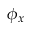
\phi _ { x }